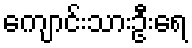
ကျောင်းသားဦးရေ